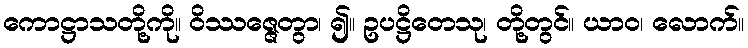
ကောဋ္ဌာသတို့ကို။ ဝိဿဇ္ဇေတွာ၊ ၍။ ဥပဋ္ဌိတေသု၊ တို့တွင်။ ယာဝ၊ လောက်။